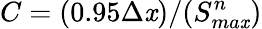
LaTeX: C=(0.95\Delta\mathit{x})/(S_{ma\mathit{x}}^{n})